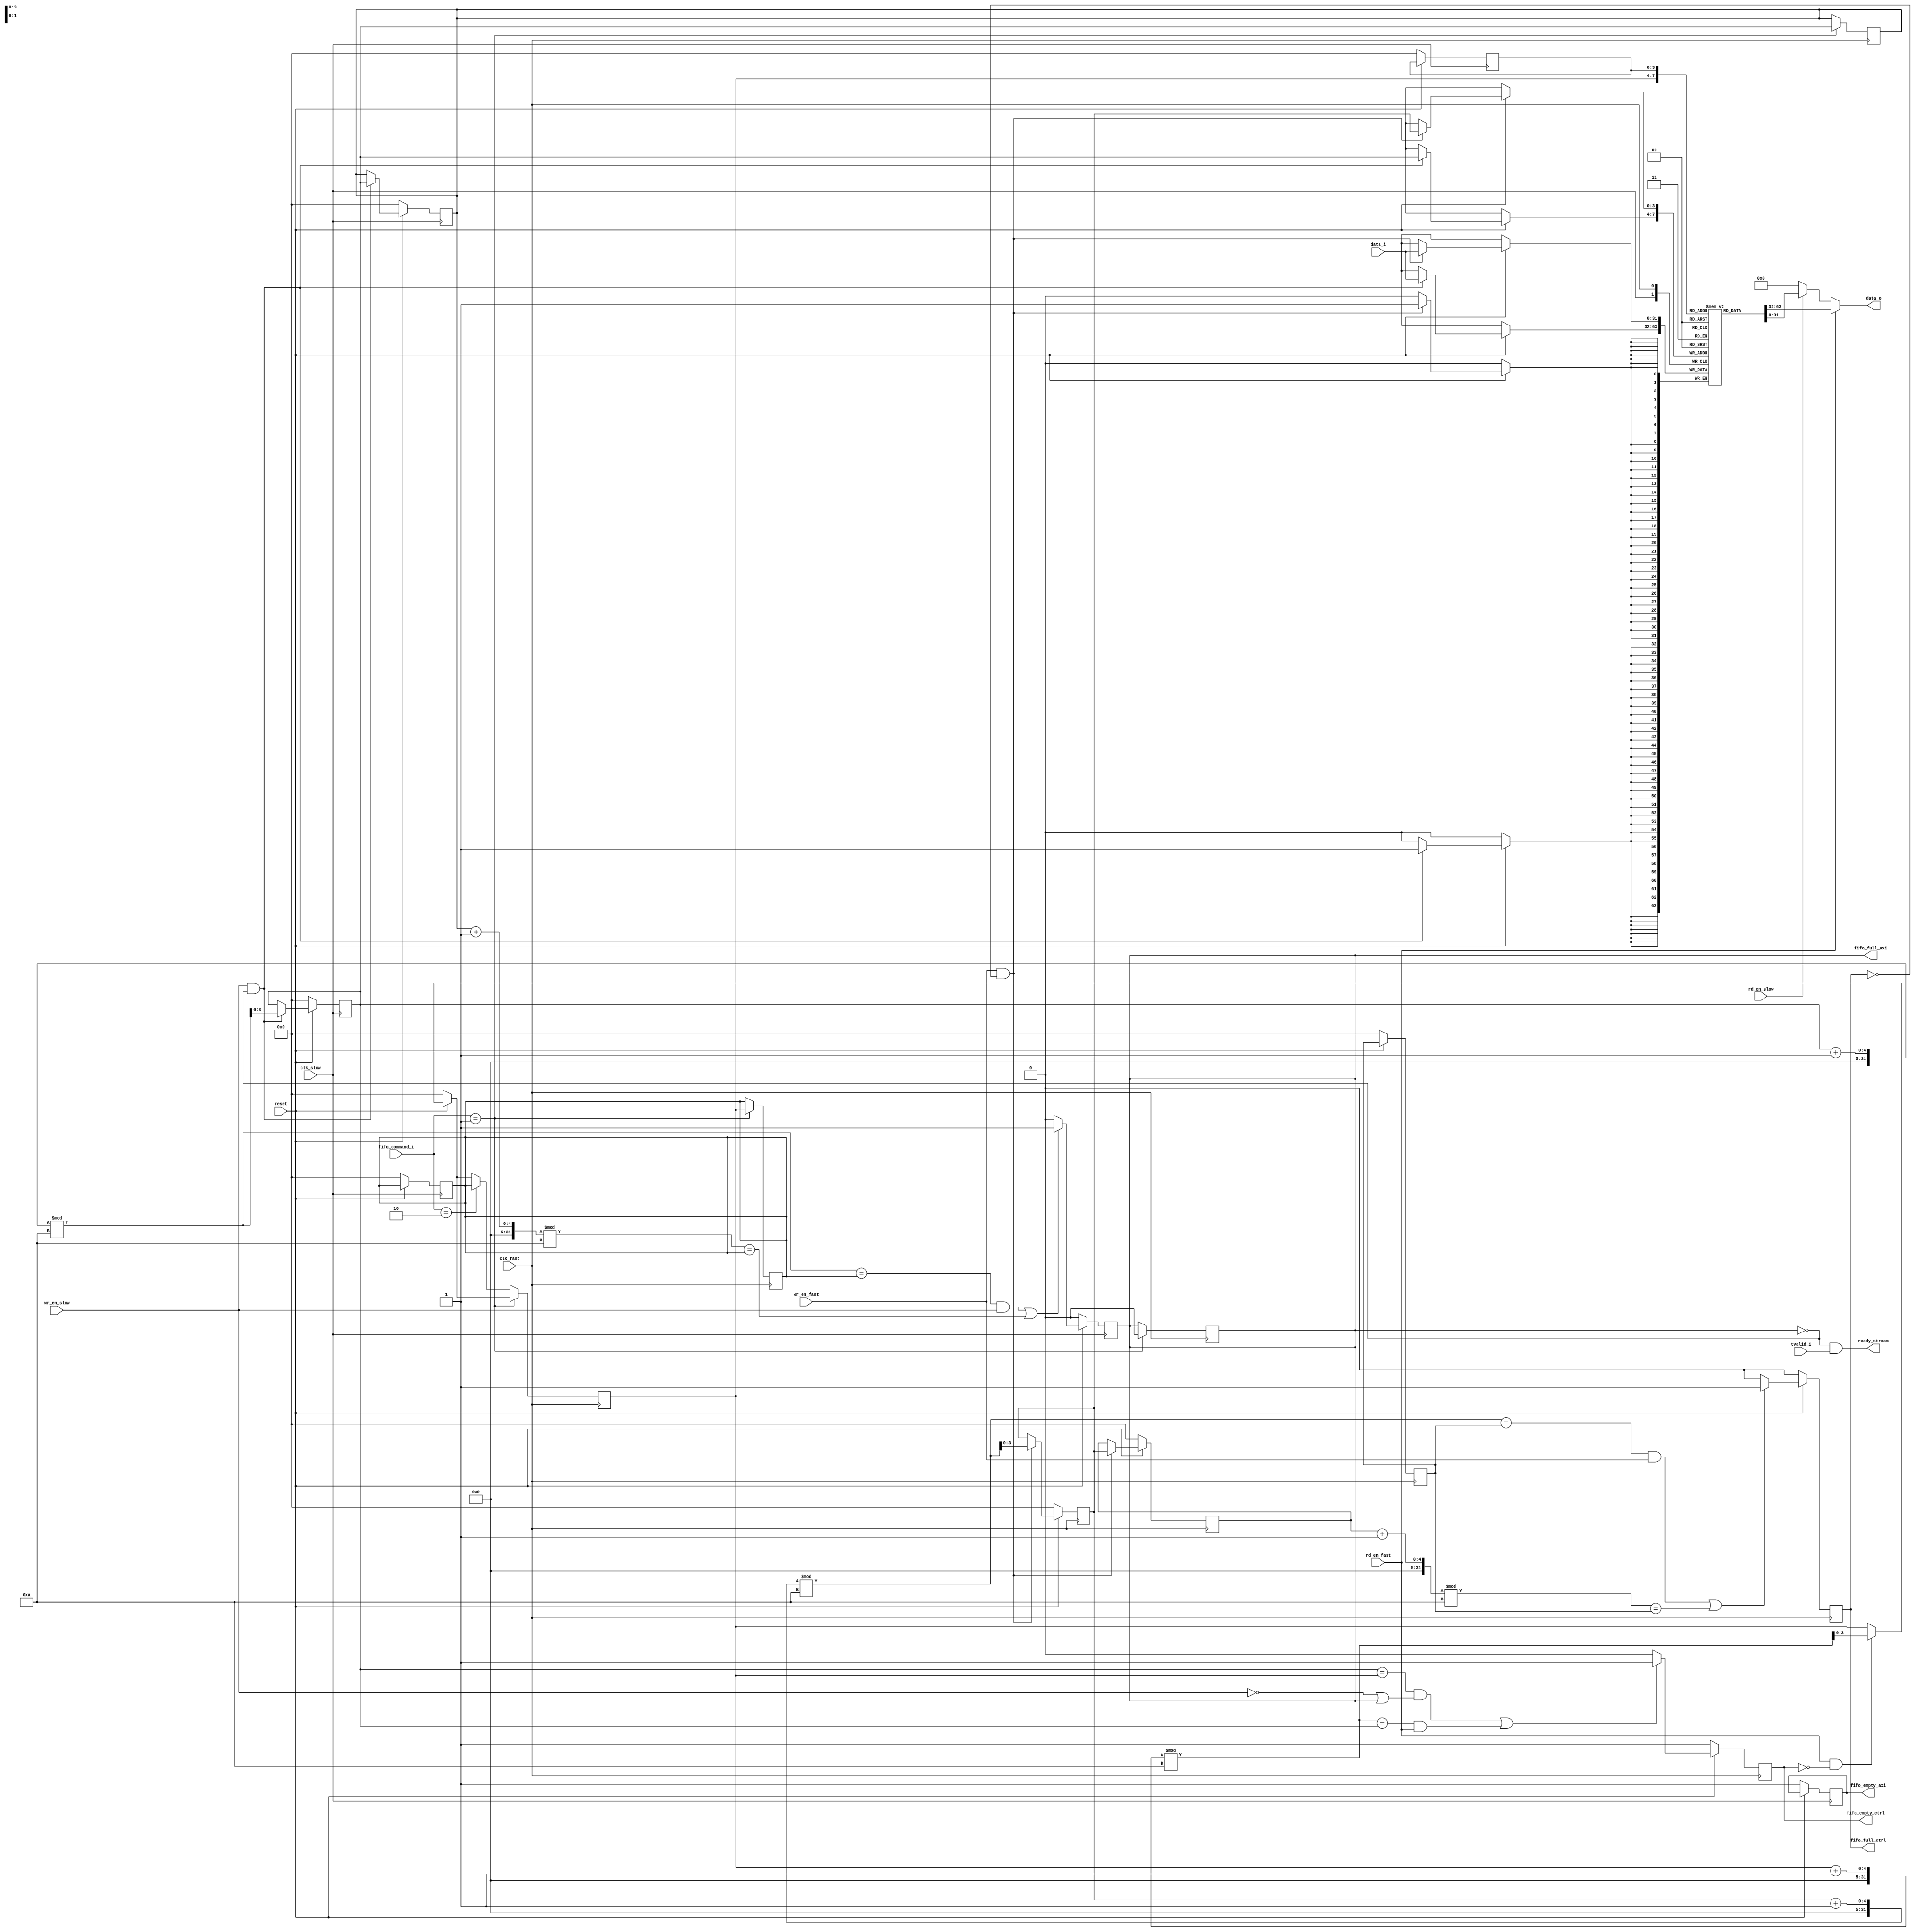
module fifo_serdes #
	(
	   parameter FIFO_DEPTH = 10,
	   parameter DATA_WIDTH = 32
	)
	(
	   // Common ports
	   // fast for serdes part
       // slow for AXI part
	   input clk_fast,
	   input clk_slow,
	   input reset, // active low
	   
	   output [DATA_WIDTH - 1 : 0] data_o,
	   // for SERDES to AXI && AXI to SERDES sides
	   output fifo_full_axi,
	   output fifo_full_ctrl,	   
	   output fifo_empty_axi,
	   output fifo_empty_ctrl,
	   
	   // Just for testing with AXI Stream
	   output ready_stream,
	   input tvalid_i,
	   
	   input [DATA_WIDTH - 1 : 0] data_i,
	   // fast/slow will be used in future
	   // when frequencies of SERDES and AXI
	   // will be different. 
	   input rd_en_fast,
	   input rd_en_slow,
	   input wr_en_fast,
	   input wr_en_slow,
	   // used for continue read data with SERDES
	   // or resend data again
	   input [3:0] fifo_command_i
	);
	
    // function called clogb2 that returns an integer which has the 
    // value of the ceiling of the log base 2.
    function integer clogb2 (input integer bit_depth);
      begin
        for(clogb2=0; bit_depth>0; clogb2=clogb2+1)
          bit_depth = bit_depth >> 1;
      end
    endfunction
    localparam ADDR_WIDTH = clogb2(FIFO_DEPTH);
    
	reg [DATA_WIDTH - 1 : 0] data_reg [0 : FIFO_DEPTH - 1];
	// Pointers for sending data from axi to serdes (axsrd)
	reg [ADDR_WIDTH-1 : 0] axsrd_rd_ptr_first;
	reg [ADDR_WIDTH-1 : 0] axsrd_rd_ptr;
	reg [ADDR_WIDTH-1 : 0] axsrd_wr_ptr_prev;
    reg [ADDR_WIDTH-1 : 0] axsrd_wr_ptr;
    // Pointers for sending data from serdes to axi (srdax)
	reg [ADDR_WIDTH-1 : 0] srdax_rd_ptr_first;
	reg [ADDR_WIDTH-1 : 0] srdax_rd_ptr;
	reg [ADDR_WIDTH-1 : 0] srdax_wr_ptr_prev;
    reg [ADDR_WIDTH-1 : 0] srdax_wr_ptr;
        
    reg fifo_full_axi;
    reg fifo_full_ctrl;
    reg fifo_empty_axi;
    reg fifo_empty_ctrl;
	
	always @(posedge clk_slow)
	begin
	   if (!reset) begin
	       axsrd_rd_ptr_first <= 0; 
           axsrd_wr_ptr_prev <= 0;	 
           axsrd_wr_ptr <= 0; 
           srdax_rd_ptr <= 0;     
           fifo_full_axi <= 0;
           fifo_empty_axi <= 1;
	   end
	   else begin
	       // Write to FIFO from AXI
	       if (wr_en_slow && !fifo_full_axi) 
	       begin
	           data_reg[axsrd_wr_ptr] <= data_i;
	           axsrd_wr_ptr_prev <= axsrd_wr_ptr;              
	           axsrd_wr_ptr <= (axsrd_wr_ptr + 1) % FIFO_DEPTH;	               
	       end
	       // FIFO full flag control when write from AXI enabled
           if (((axsrd_wr_ptr + 1) % FIFO_DEPTH == axsrd_rd_ptr_first && wr_en_slow)
                   || ((axsrd_wr_ptr_prev + 1) % FIFO_DEPTH == axsrd_rd_ptr_first))
               fifo_full_axi <= 1'b1;
           else 
               fifo_full_axi <= 1'b0;	       
	   end
	end

	always @(posedge clk_fast)
	begin
	   if (!reset) begin
           srdax_rd_ptr_first <= 0;
           srdax_wr_ptr_prev <= 0;     
           srdax_wr_ptr <= 0;
           axsrd_rd_ptr <= 0;      
           fifo_full_ctrl <= 0;
           fifo_empty_ctrl <= 1;
       end
       else begin
           // Read from FIFO to SERDES
           if (rd_en_fast && !fifo_empty_ctrl)
           begin
               axsrd_rd_ptr <= (axsrd_rd_ptr + 1) % FIFO_DEPTH;                           
           end           
           // Write from SERDES to FIFO
           if (wr_en_fast && !fifo_full_ctrl) 
           begin
               data_reg[srdax_wr_ptr] <= data_i;
               srdax_wr_ptr_prev <= srdax_wr_ptr;              
               srdax_wr_ptr <= (srdax_wr_ptr + 1) % FIFO_DEPTH;                   
           end            
	       // FIFO full flag control when write from SERDES enabled
	       if (((srdax_wr_ptr + 1) % FIFO_DEPTH == srdax_rd_ptr_first && wr_en_fast)
                   || ((srdax_wr_ptr_prev + 1) % FIFO_DEPTH == srdax_rd_ptr_first))
               fifo_full_ctrl <= 1'b1;
           else 
               fifo_full_ctrl <= 1'b0;                      

	       // FIFO empty flag control when read from FIFO to SERDES            
           if ((axsrd_wr_ptr == axsrd_rd_ptr && (!wr_en_slow || fifo_full_axi)) || 
               ((axsrd_rd_ptr + 1) % FIFO_DEPTH == axsrd_wr_ptr && rd_en_fast))
               fifo_empty_ctrl <= 1'b1;
           else 
               fifo_empty_ctrl <= 1'b0;                          
       end
       // If crc checked and right, continue read
       // new data from FIRO to SERDES
       if (fifo_command_i == 1) begin
           axsrd_rd_ptr_first <= axsrd_rd_ptr; 
           axsrd_wr_ptr_prev <= axsrd_wr_ptr;       
           fifo_full_axi <= 0;
       end
       // If crc checked and wrong, will resend the data
       else if (fifo_command_i == 2) begin
           axsrd_rd_ptr <= axsrd_rd_ptr_first; 
       end	   
	end
	// select data output for SERDES/AXI
	assign data_o = (rd_en_fast) ? data_reg[axsrd_rd_ptr] :
	                (rd_en_slow) ? data_reg[srdax_rd_ptr] : 0;
	
	// Just for testing with axi stream
	assign ready_stream = !fifo_full_axi && tvalid_i;
	

	endmodule